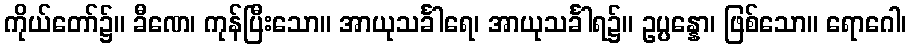
ကိုယ်တော်၌။ ခီဏေ၊ ကုန်ပြီးသော။ အာယုသင်္ခါရေ၊ အာယုသင်္ခါရ၌။ ဥပ္ပန္နော၊ ဖြစ်သော။ ရောဂေါ၊